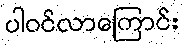
ပါဝင်လာကြောင်း